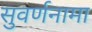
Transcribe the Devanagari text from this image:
सुवर्णनामा